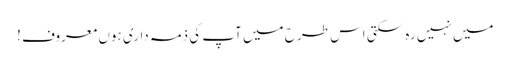
میں نہیں رہ سکتی اس طرح میں آپ کی ذمہ داری ہوں معروف !